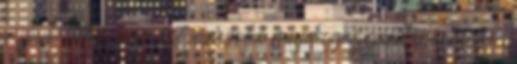
a jövő héten ő is azt javasolja majd igazgatótanácsának,